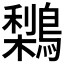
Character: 𪅌